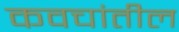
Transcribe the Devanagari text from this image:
कवचांतील